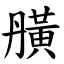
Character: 䵊